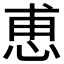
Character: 𮲆